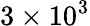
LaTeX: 3\times 10^{3}